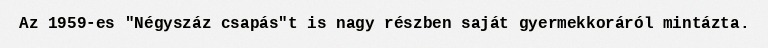
Az 1959-es "Négyszáz csapás"t is nagy részben saját gyermekkoráról mintázta.